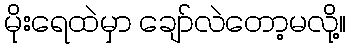
မိုးရေထဲမှာ ချော်လဲတော့မလို့။